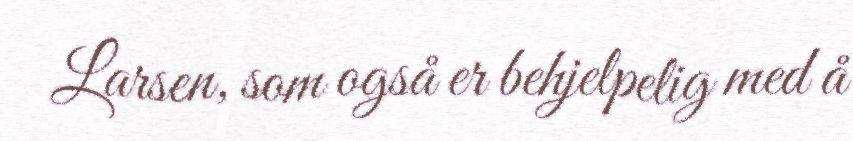
Larsen, som også er behjelpelig med å